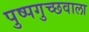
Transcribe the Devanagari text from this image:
पुष्पगुच्छवाला